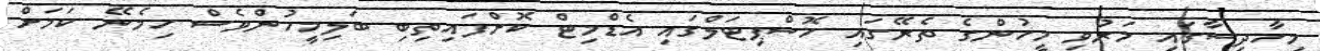
މިހާދިސާގައި މަރުވި މީހުންގެ ތެރޭގައި ހޮސްޕިޓަލްގައި އެޑްމިޓް ކޮށްފައިތިބި ބަލިމީހުންވެސް ހިމެނޭ ކަމަށް